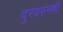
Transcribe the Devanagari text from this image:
दुरवरुनही